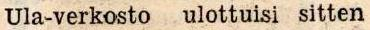
Ula-verkosto ulottuisi sitten